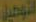
التوصيل